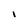
Character: l